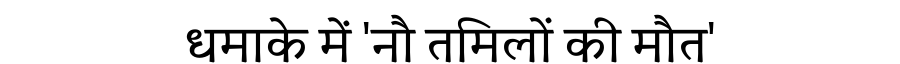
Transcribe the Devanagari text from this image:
धमाके में 'नौ तमिलों की मौत'